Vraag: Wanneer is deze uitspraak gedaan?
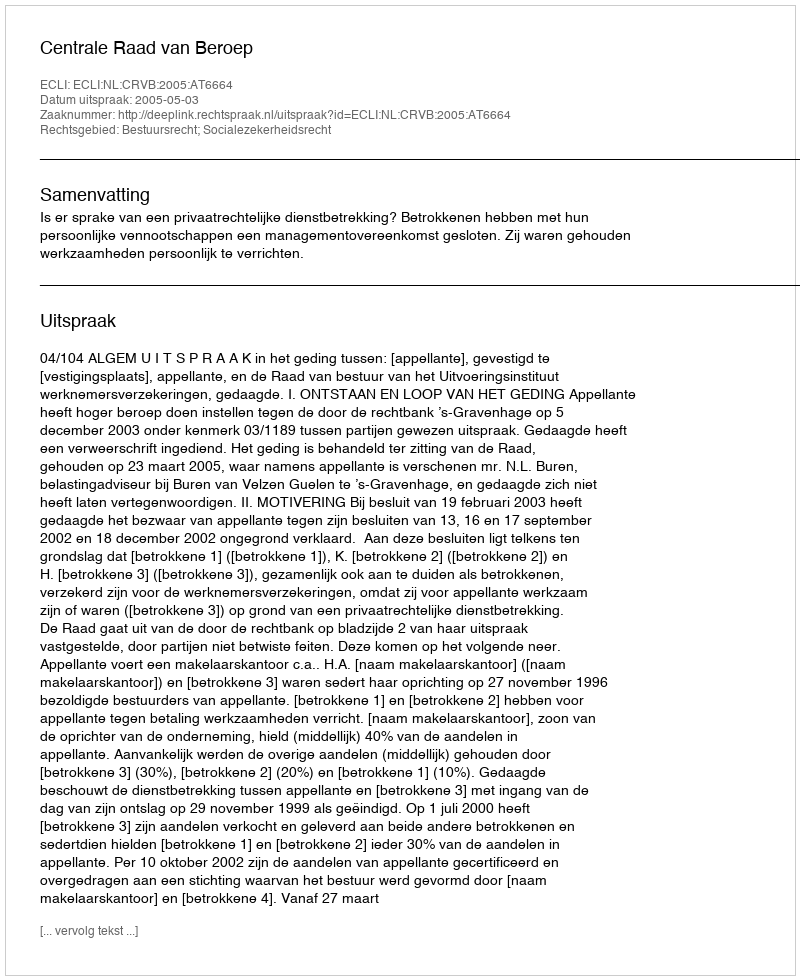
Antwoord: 2005-05-03